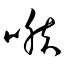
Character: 喉